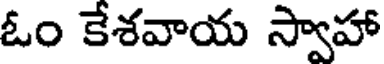
ఓం కేశవాయ స్వాహా